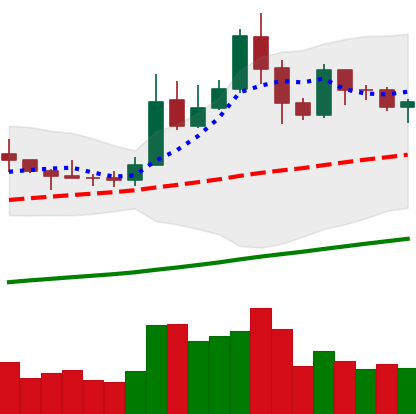
Ticker: LTC-USD
Chart end date: 2019-05-23
Forward return: 28.88%
Label: up_7plus